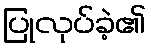
ပြုလုပ်ခဲ့၏